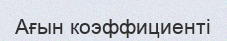
Ағын коэффициенті